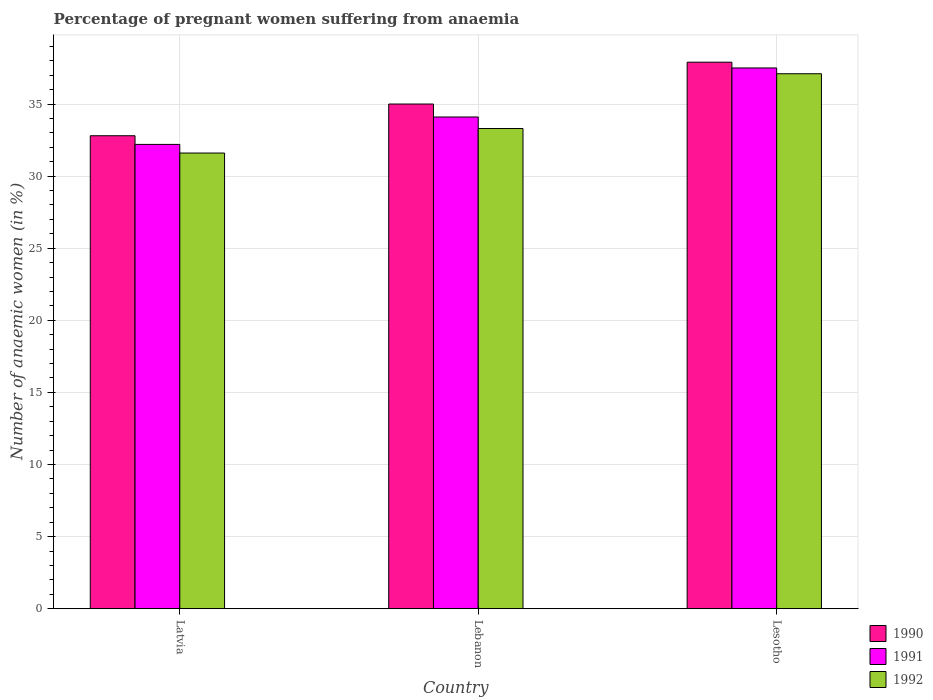
| Country | 1990 | 1991 | 1992 |
 | --- | --- | --- | --- |
 | Latvia | 32.8 | 32.2 | 31.6 |
 | Lebanon | 35 | 34.1 | 33.3 |
 | Lesotho | 37.9 | 37.5 | 37.1 |